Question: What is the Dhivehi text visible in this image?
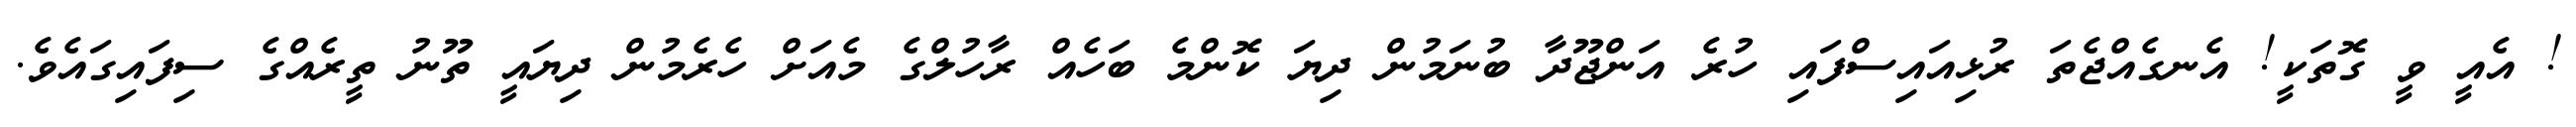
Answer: ! އެއީ ވީ ގޮތަކީ! އެނގެއްޖެތަ ރުޅިއައިސްފައި ހުރެ އަންޖޫދާ ބުނަމުން ދިޔަ ކޮންމެ ބަހެއް ރާހުލްގެ މެއަށް ހެރެމުން ދިޔައީ ތޫނު ތީރެއްގެ ސިފައިގައެވެ.